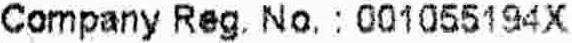
COMPANY REG. NO. : 001055194X